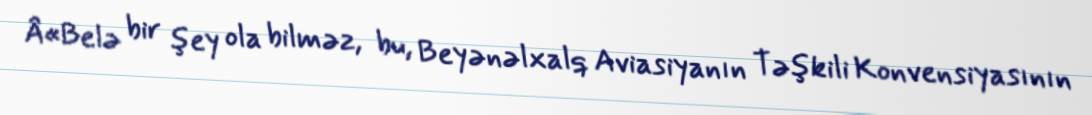
Â«Belə bir şey ola bilməz, bu, Beyənəlxalq Aviasiyanın Təşkili Konvensiyasının